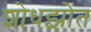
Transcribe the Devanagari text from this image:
शोधझोत